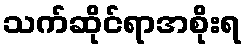
သက်ဆိုင်ရာအစိုးရ